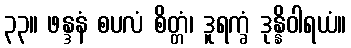
၃၃။ ဖန္ဒနံ စပလံ စိတ္တံ၊ ဒူရက္ခံ ဒုန္နိဝါရယံ။